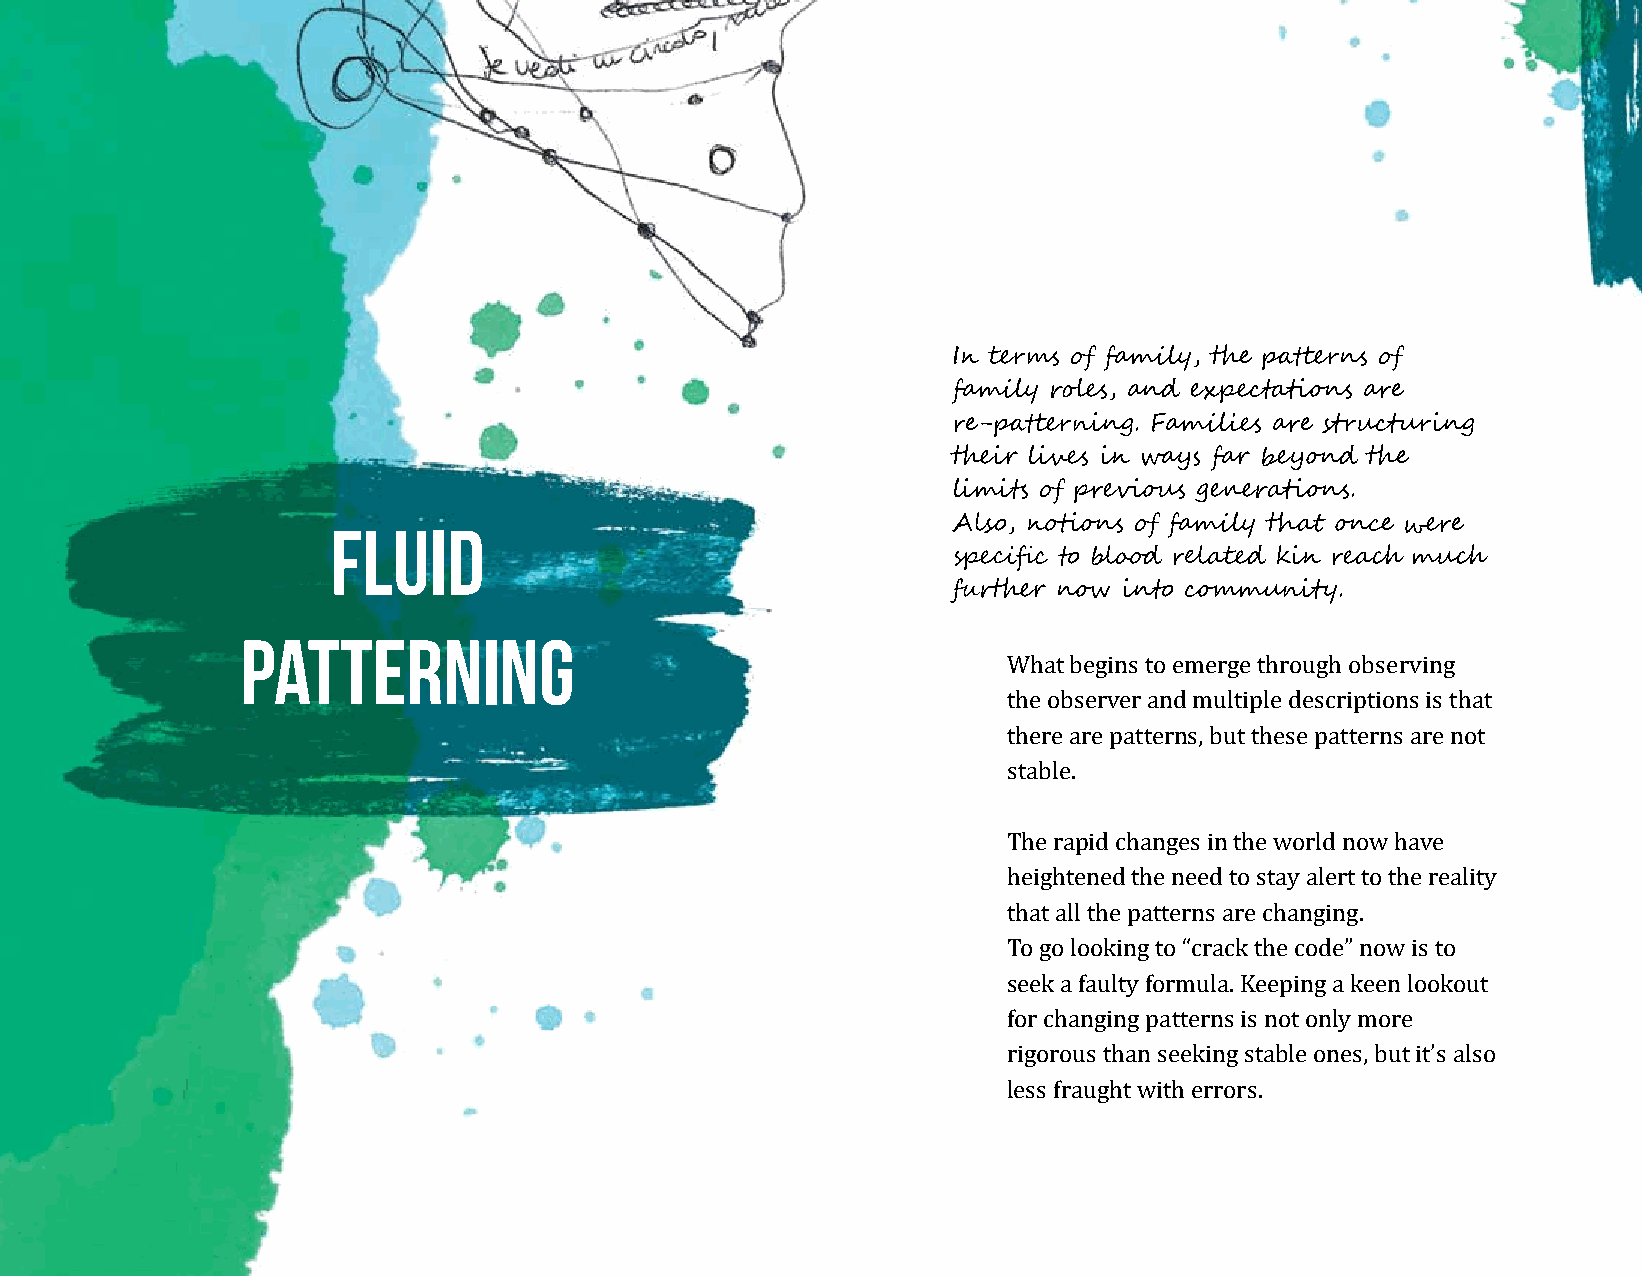
In terms of family, the patterns of
 family roles, and expectations are
 re-patterning. Families are structuring
 their lives in ways far beyond the
 limits of previous generations.
 Fluid                                    Also, notions of family that once were
 specific to blood related kin reach much
 further now into community.
 Patterning
 What begins to emerge through observing
 the observer and multiple descriptions is that
 there are patterns, but these patterns are not
 stable.
 The rapid changes in the world now have
 heightened the need to stay alert to the reality
 that all the patterns are changing.
 To go looking to “crack the code” now is to
 seek a faulty formula. Keeping a keen lookout
 for changing patterns is not only more
 rigorous than seeking stable ones, but it’s also
 less fraught with errors.